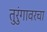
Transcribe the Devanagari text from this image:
तुरुंगावरचा